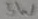
Text: 5W